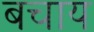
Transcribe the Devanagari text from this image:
बचाय